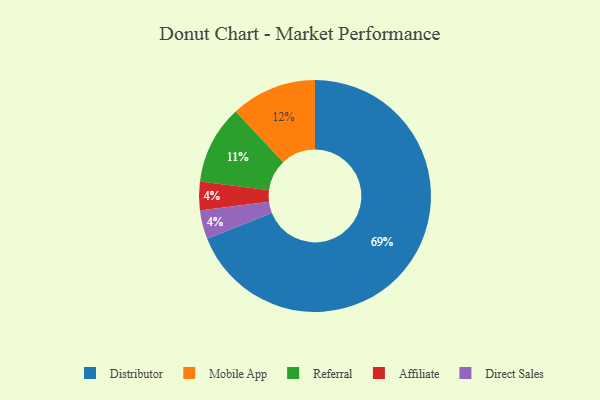
{"axis": {"x": "Category", "y": "Percentage"}, "legend": ["Affiliate", "Direct Sales", "Distributor", "Mobile App", "Referral"], "data": [{"x": "Distributor", "y": 69, "type": "Distributor"}, {"x": "Mobile App", "y": 12, "type": "Mobile App"}, {"x": "Referral", "y": 11, "type": "Referral"}, {"x": "Affiliate", "y": 4, "type": "Affiliate"}, {"x": "Direct Sales", "y": 4, "type": "Direct Sales"}]}